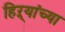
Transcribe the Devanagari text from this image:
हिऱ्यांच्या